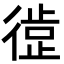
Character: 𪫘